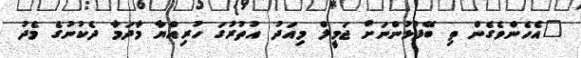
"އެހެންވެގެން ތި ބޭފުޅުންނަށް ޖަމީލް މިއަދު އުތުރުގަ ހުރިއްޔާ މާދަމާ ދެކުނުގެ މެދު